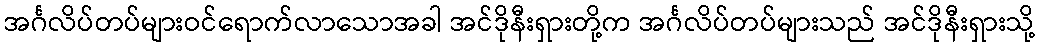
အင်္ဂလိပ်တပ်များဝင်ရောက်လာသောအခါ အင်ဒိုနီးရှားတို့က အင်္ဂလိပ်တပ်များသည် အင်ဒိုနီးရှားသို့